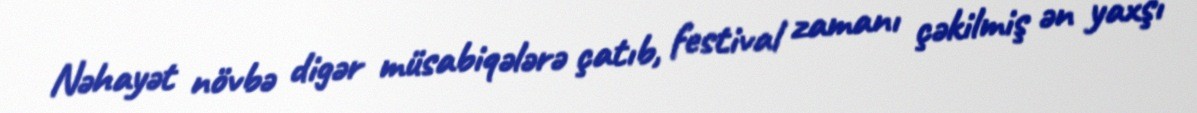
Nəhayət növbə digər müsabiqələrə çatıb, festival zamanı çəkilmiş ən yaxşı